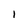
Character: 1